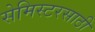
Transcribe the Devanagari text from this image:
सेमिस्टरसाठी